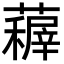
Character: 𮒤